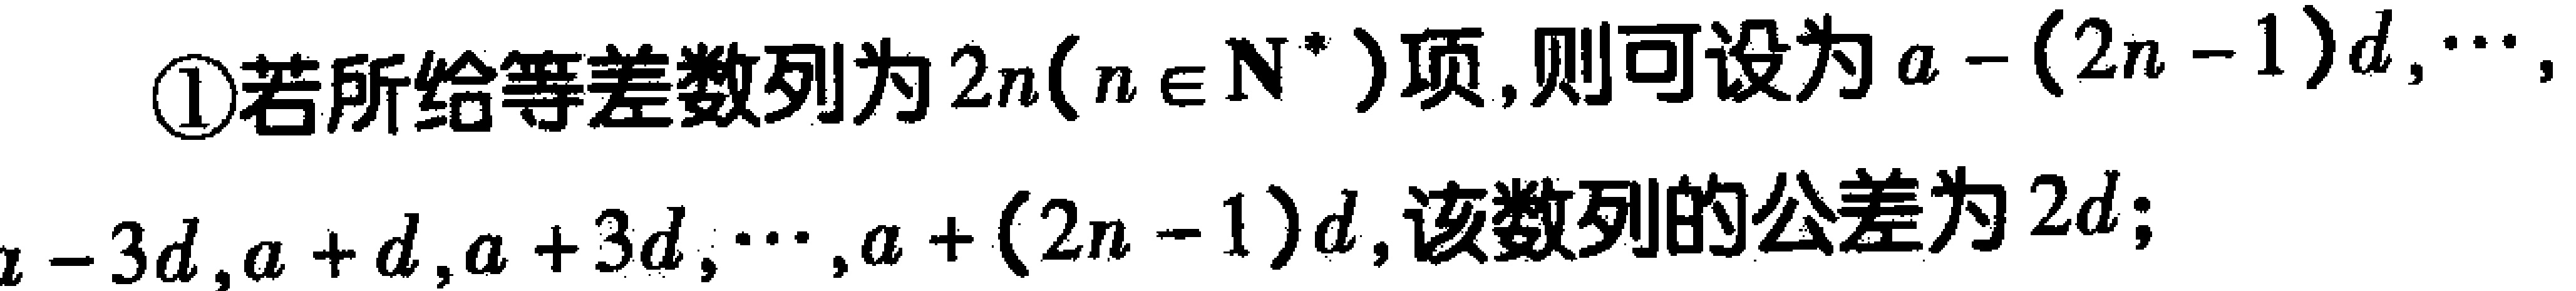
\textcircled{1}若所给等差数列为\(2n(n\in\mathbf{N}^{*})\)项，则可设为\(a - (2n - 1)d,\cdots,a - 3d,a + d,a + 3d,\cdots,a + (2n - 1)d\)，该数列的公差为\(2d\)；